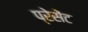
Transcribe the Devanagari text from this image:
प्रेसेंट